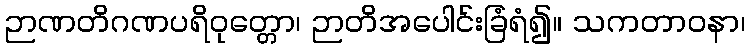
ဉာဏတိဂဏပရိဝုတ္တော၊ ဉာတိအပေါင်းခြံရံ၍။ သကတာဝနာ၊